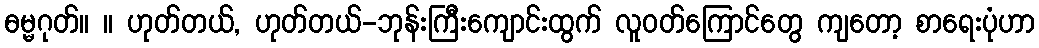
ဓမ္မဂုတ်။ ။ ဟုတ်တယ်, ဟုတ်တယ်-ဘုန်းကြီးကျောင်းထွက် လူဝတ်ကြောင်တွေ ကျတော့ စာရေးပုံဟာ